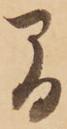
間